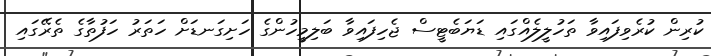
ކުރިން ކުރެވިފައިވާ ތަހުލީލެއްގައި ޑަޔަބެޓީސް ޖެހިފައިވާ ބަލިމީހުންގެ ހަށިގަނޑަށް ހަތަރު ހަފުތާގެ ތެރޭގައި